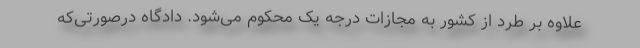
علاوه بر طرد از کشور به مجازات درجه یک محکوم می‌شود. دادگاه درصورتی‌که